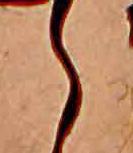
ら